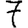
Digit: 7